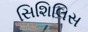
સિશિલિસ